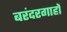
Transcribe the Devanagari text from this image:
बरंदरगाहों